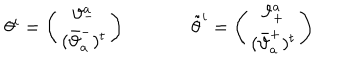
LaTeX: \begin{array} { c c } { { \theta ^ { i } = \left( \begin{array} { c } { { \vartheta _ { - } ^ { a } } } \\ { { ( \bar { \vartheta } _ { a } ^ { - } ) ^ { t } } } \\ \end{array} \right) ~ ~ } } & { { ~ ~ \tilde { \theta } ^ { i } = \left( \begin{array} { c } { { \vartheta _ { + } ^ { a } } } \\ { { ( \bar { \vartheta } _ { a } ^ { + } ) ^ { t } } } \\ \end{array} \right) } } \\ \end{array}